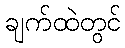
ချက်ထဲတွင်